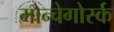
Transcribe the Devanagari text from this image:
मोन्चेगोर्स्क